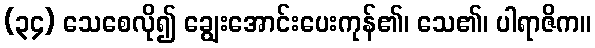
(၃၄) သေစေလို၍ ချွေးအောင်းပေးကုန်၏၊ သေ၏၊ ပါရာဇိက။